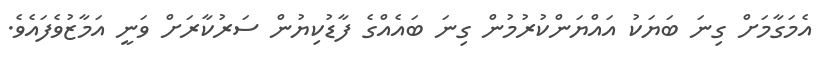
އެމަގާމަށް ގިނަ ބަޔަކު އައްޔަންކުރުމުން ގިނަ ބައެއްގެ ފާޑުކިޔުން ސަރުކާރަށް ވަނީ އަމާޒުވެފައެވެ.